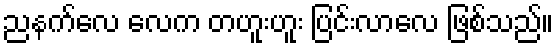
ညနက်လေ လေက တဟူးဟူး ပြင်းလာလေ ဖြစ်သည်။